Riigikantselei, lk 20
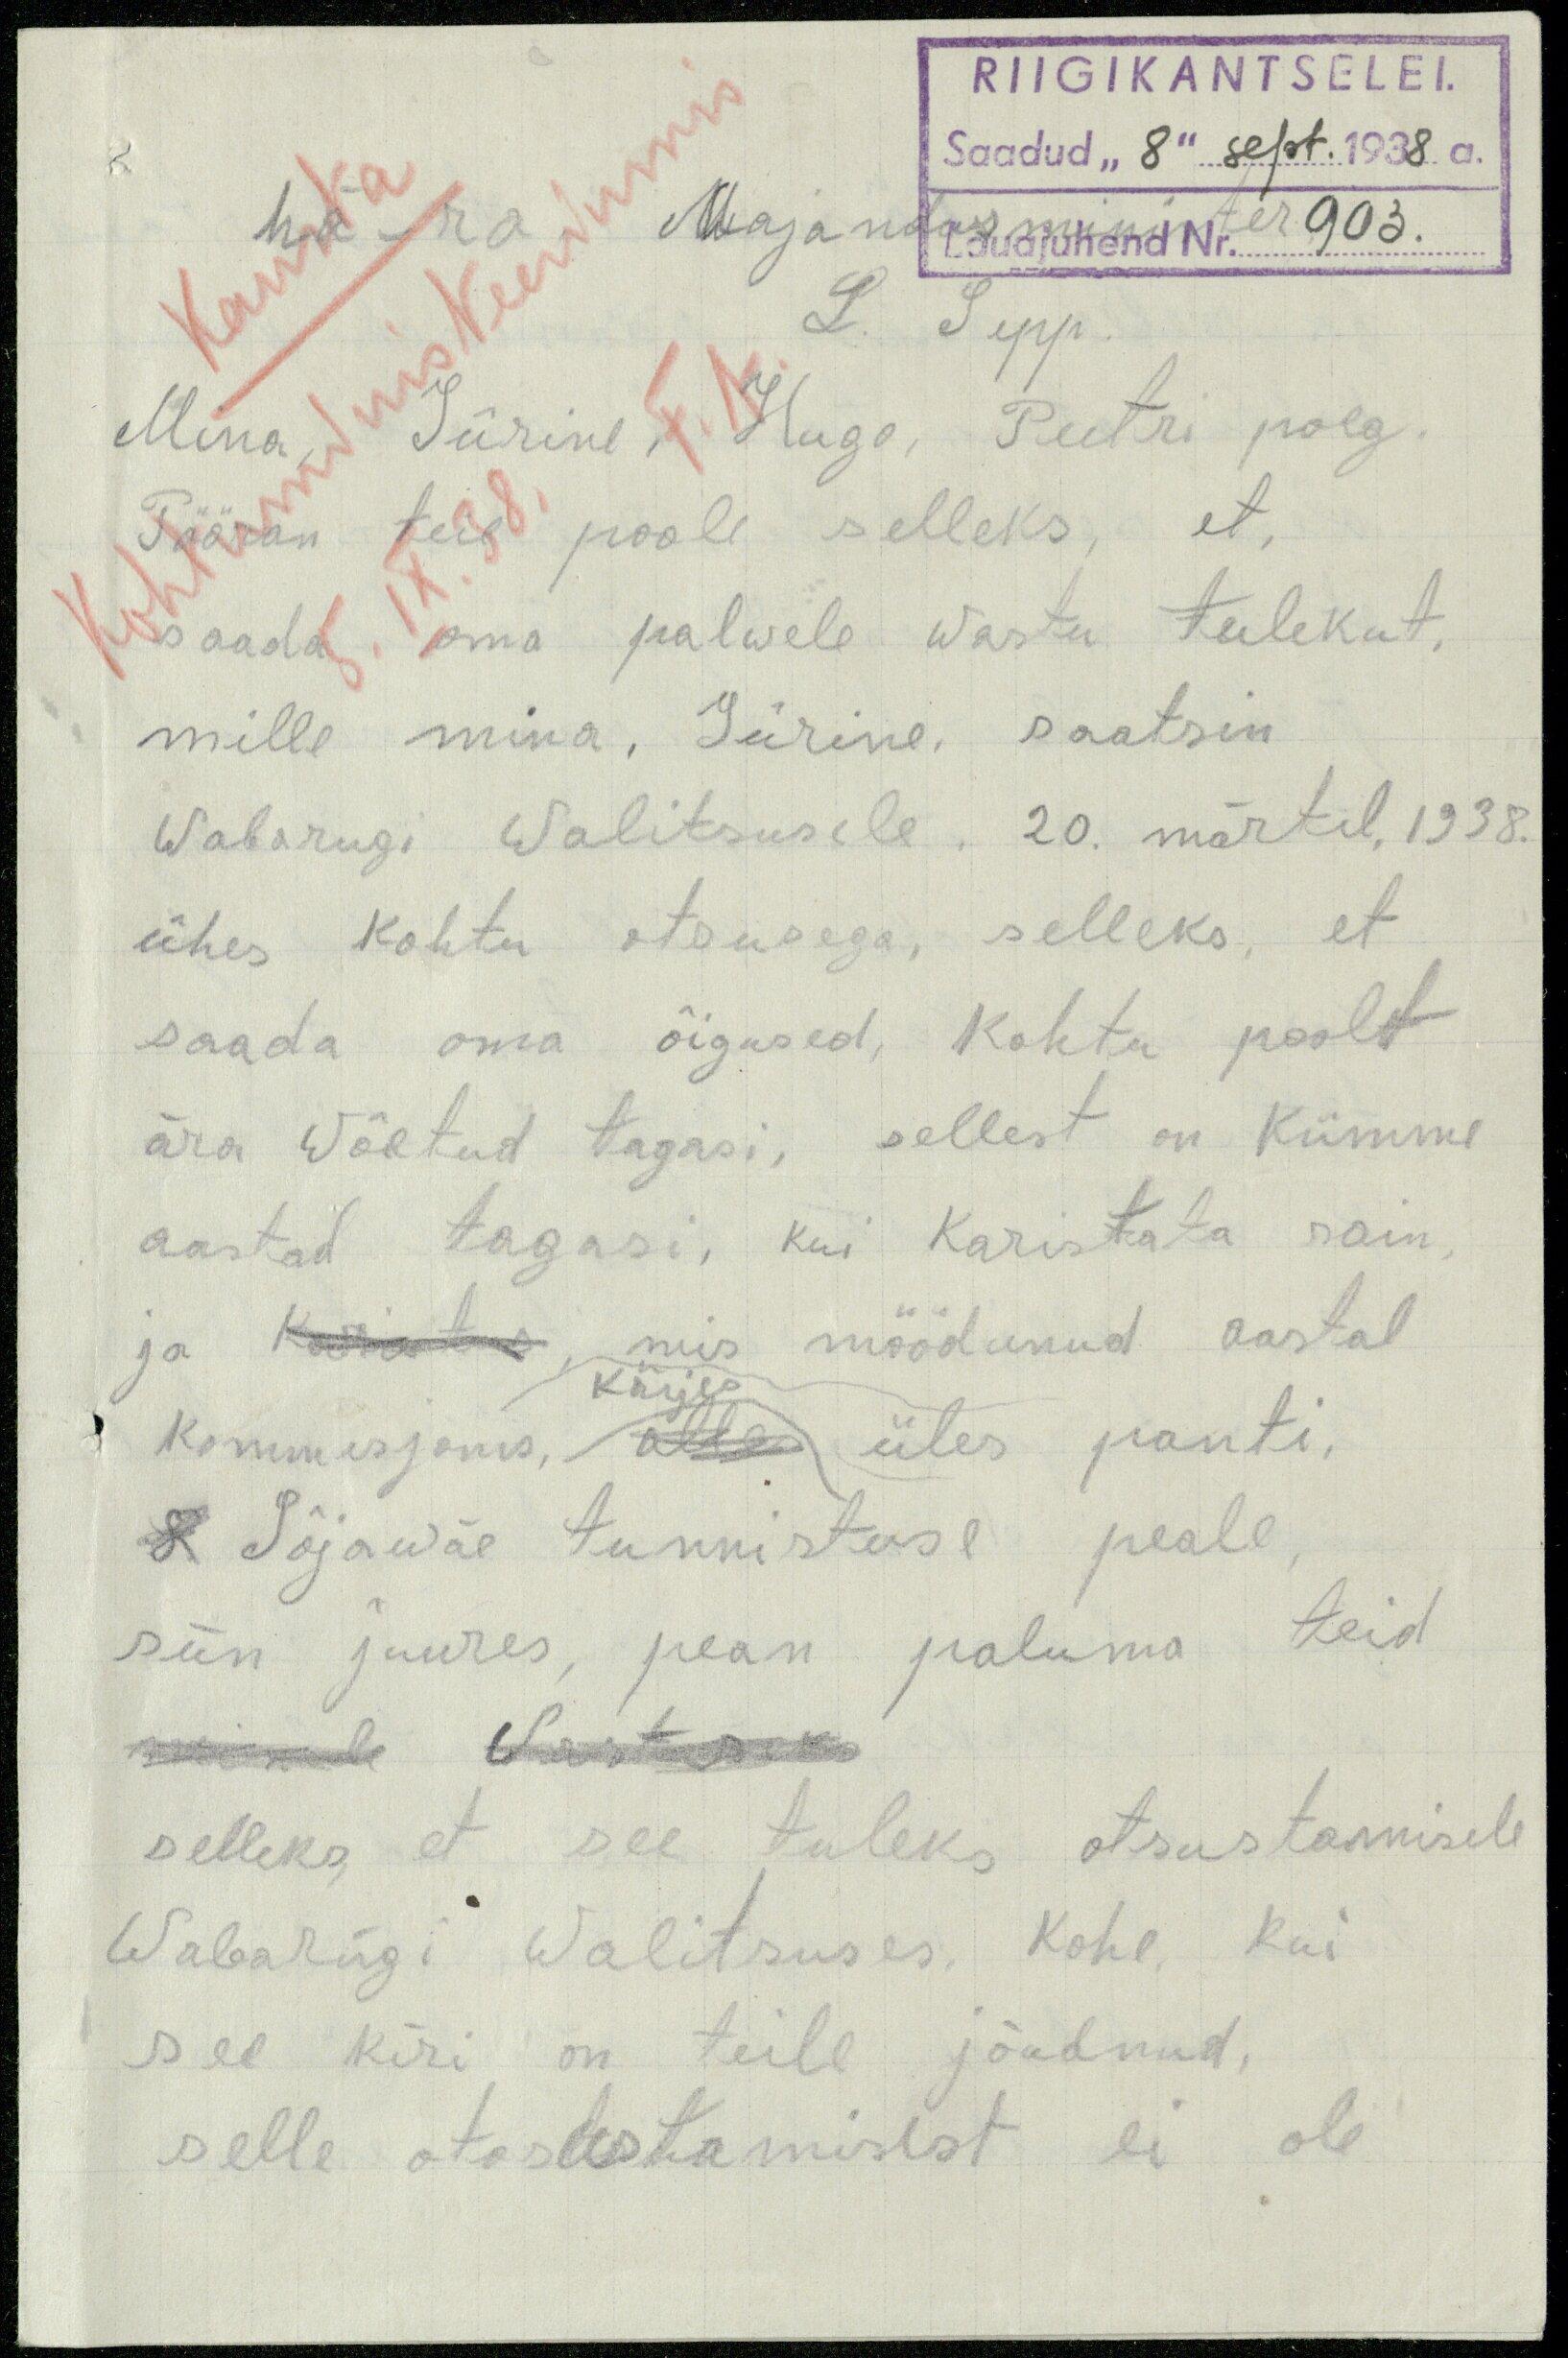
RIIGIKANTSELEI.
hä-ra majandusminister
Saadud "8" sept. 1938 a.
Lauajuhend Nr. 903.
L. Sepp.
Mina, Jürine, Hugo, Peetri poeg.
Pööran teie poole selleks, et,
saada oma palwele wastu tulekut,
mille mina, Jürine saatsin
Wabariigi Walitsusele. 20. märtil, 1938.
ühes kohtu otsusega, selleks, et
saada oma õigused, kohtu poolt
ära wõetud tagasi, sellest on kümme
aastad tagasi, kui karistata sain,
ja karistus, mis möödunud aastal
käijes
kommisjonis, alles üles panti.
Sõjawäe tunnistuse peale,
siin juures, pean paluma teid
moistusele. Vastuseks
selleks, et see tuleks otsustamisele
Wabariigi Walitsuses, kohe, kui
see kiri on teile jõudnud,
selle otosustamisest ei ole